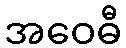
အဝေဓီ